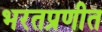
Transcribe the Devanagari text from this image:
भरतप्रणीत